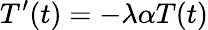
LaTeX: T^{\prime}(t)=-\lambda\alpha T(t)